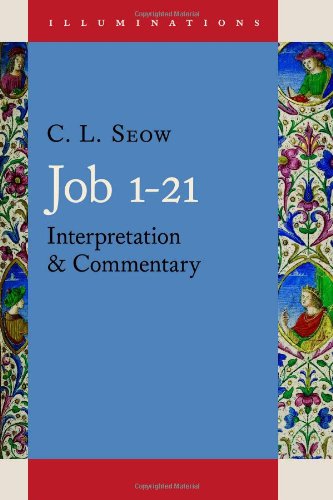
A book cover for Job 1 - 21: Interpretation and Commentary (Illuminations); C. L. Seow; Christian Books & Bibles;